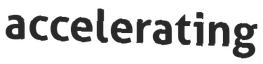
accelerating